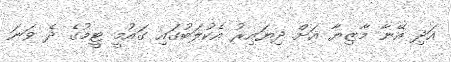
އަދި އޭނާ މާޒިޔާ އަށް ދިޔައިރު އެކުލަބުގައި ގައުމީ ޓީމުގެ ދެ ވަނަ